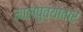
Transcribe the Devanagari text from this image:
मालपुव्यावार